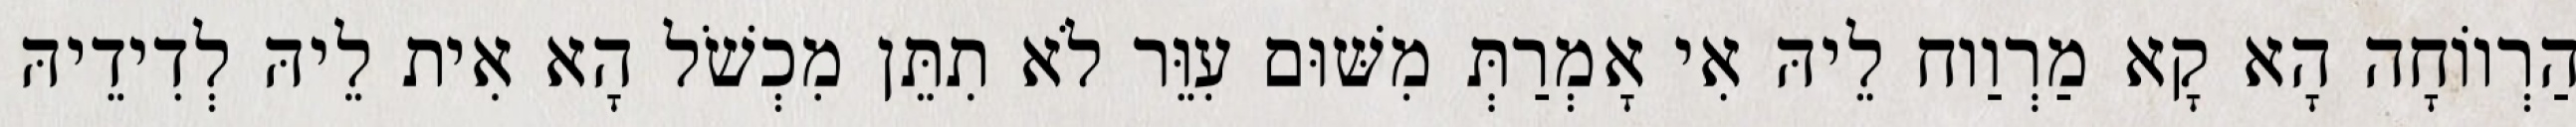
הַרְווֹחָה הָא קָא מַרְוַוח לֵיהּ אִי אָמְרַתְּ מִשּׁוּם עִוֵּר לֹא תִתֵּן מִכְשֹׁל הָא אִית לֵיהּ לְדִידֵיהּ